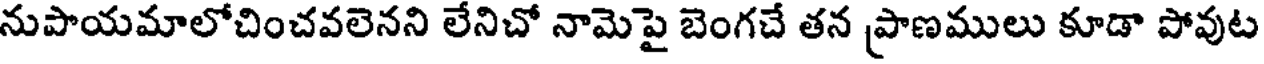
నుపాయమాలోచించవలెనని లేనిచో నామెపై బెంగచే తన ప్రాణములు కూడా పోవుట